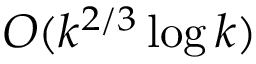
O ( k ^ { 2 / 3 } \log k )